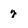
Character: y